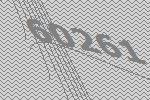
60261